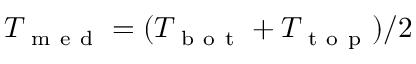
T _ { \mathrm { ~ m ~ e ~ d ~ } } = ( T _ { \mathrm { ~ b ~ o ~ t ~ } } + T _ { \mathrm { ~ t ~ o ~ p ~ } } ) / 2